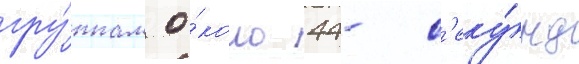
гру́ппам о́коло 44- с'еку́нд